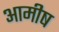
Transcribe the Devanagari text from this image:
आमीष